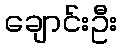
ချောင်းဦး